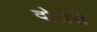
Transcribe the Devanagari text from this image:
दोसरो